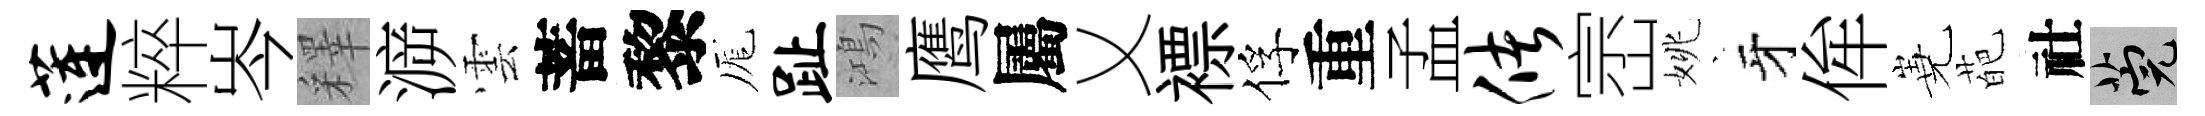
莲粹岑釋㴑雲蓄黎厖趾鴻鹰屬乂褾俘重孟储崈姚牙侔嶤葩社筦